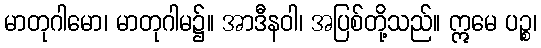
မာတုဂါမော၊ မာတုဂါမ၌။ အာဒီနဝါ၊ အပြစ်တို့သည်။ ဣမေ ပဉ္စ၊